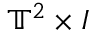
\mathbb { T } ^ { 2 } \times I